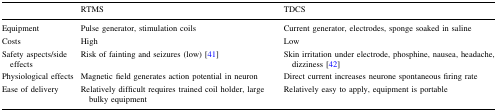
|  | RTMS | TDCS |
 | --- | --- | --- |
 | Equipment | Pulse generator, stimulation coils | Current generator, electrodes, sponge soaked in saline |
 | Costs | High | Low |
 | Safety aspects/side effects | Risk of fainting and seizures (low) [41] | Skin irritation under electrode, phosphine, nausea, headache, dizziness [42] |
 | Physiological effects | Magnetic field generates action potential in neuron | Direct current increases neurone spontaneous firing rate |
 | Ease of delivery | Relatively difficult requires trained coil holder, large bulky equipment | Relatively easy to apply, equipment is portable |